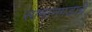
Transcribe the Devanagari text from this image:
सामानगडाचे